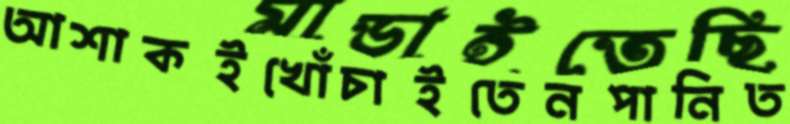
আশাকইখোঁচাইতেনপানিত